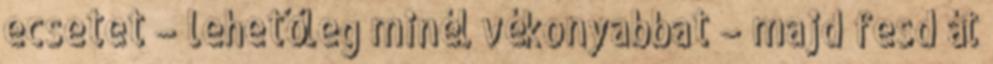
ecsetet – lehetőleg minél vékonyabbat – majd fesd át